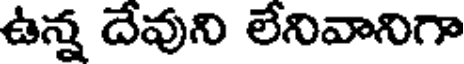
ఉన్న దేవుని లేనివానిగా